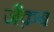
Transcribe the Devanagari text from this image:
जैक़ब